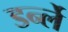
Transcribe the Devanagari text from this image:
डर्न्ले